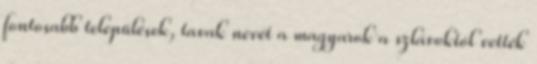
fontosabb települések, tavak nevét a magyarok a szlávoktól vették